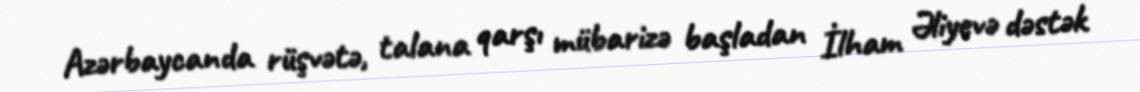
Azərbaycanda rüşvətə, talana qarşı mübarizə başladan İlham Əliyevə dəstək